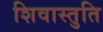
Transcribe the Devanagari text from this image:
शिवास्तुति